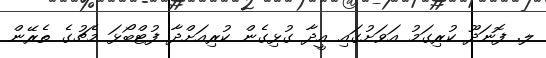
ލ. ފޮނަދޫ ކުރިގަމު އަވަށުގައި އީދާ ގުޅިގެން ކުރިއަށްދާ ފުޓްބޯޅަ މެޗުގެ ތެރޭން